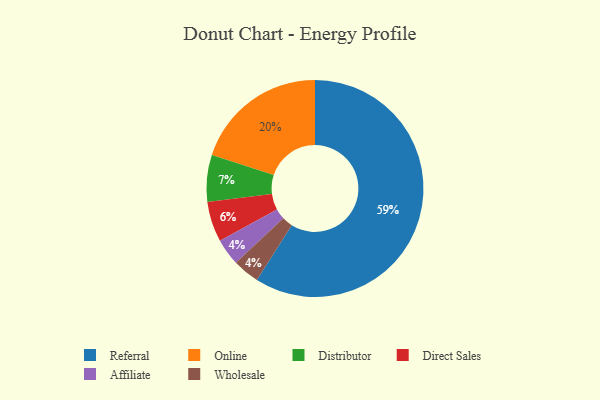
{"axis": {"x": "Category", "y": "Percentage"}, "legend": ["Affiliate", "Direct Sales", "Distributor", "Online", "Referral", "Wholesale"], "data": [{"x": "Affiliate", "y": 4, "type": "Affiliate"}, {"x": "Direct Sales", "y": 6, "type": "Direct Sales"}, {"x": "Wholesale", "y": 4, "type": "Wholesale"}, {"x": "Distributor", "y": 7, "type": "Distributor"}, {"x": "Online", "y": 20, "type": "Online"}, {"x": "Referral", "y": 59, "type": "Referral"}]}